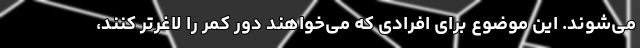
می‌شوند. این موضوع برای افرادی که می‌خواهند دور کمر را لاغرتر کنند،